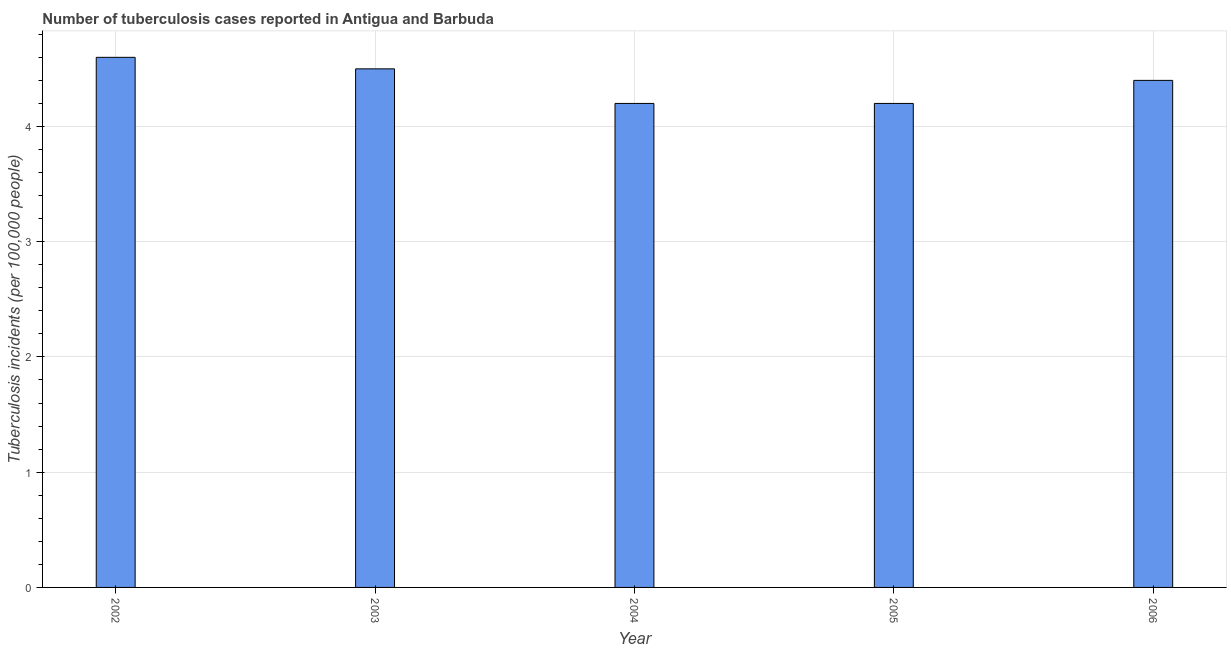
| Year | Incidence of tuberculosis |
 | --- | --- |
 | 2002 | 4.6 |
 | 2003 | 4.5 |
 | 2004 | 4.2 |
 | 2005 | 4.2 |
 | 2006 | 4.4 |